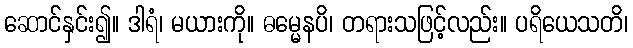
ဆောင်နှင်း၍။ ဒါရံ၊ မယားကို။ ဓမ္မေနပိ၊ တရားသဖြင့်လည်း။ ပရိယေသတိ၊